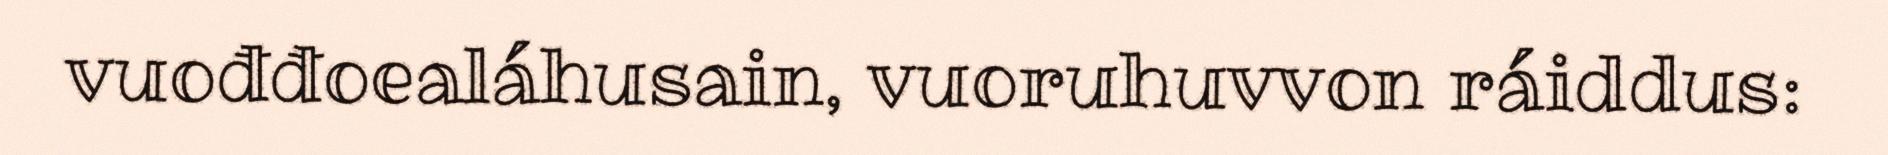
vuođđoealáhusain, vuoruhuvvon ráiddus: